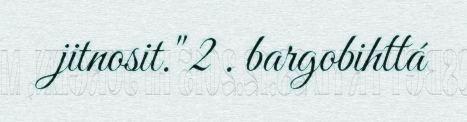
jitnosit." 2 . bargobihttá